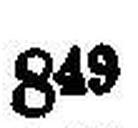
849